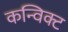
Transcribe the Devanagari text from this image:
कन्विक्ट